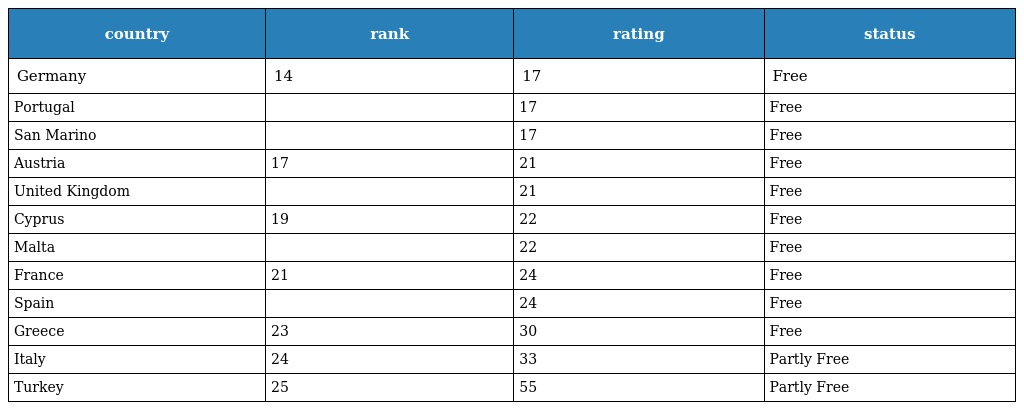
| country | rank | rating | status |
 | --- | --- | --- | --- |
 | Germany | 14 | 17 | Free |
 | Portugal |  | 17 | Free |
 | San Marino |  | 17 | Free |
 | Austria | 17 | 21 | Free |
 | United Kingdom |  | 21 | Free |
 | Cyprus | 19 | 22 | Free |
 | Malta |  | 22 | Free |
 | France | 21 | 24 | Free |
 | Spain |  | 24 | Free |
 | Greece | 23 | 30 | Free |
 | Italy | 24 | 33 | Partly Free |
 | Turkey | 25 | 55 | Partly Free |